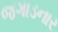
જગાડનાર